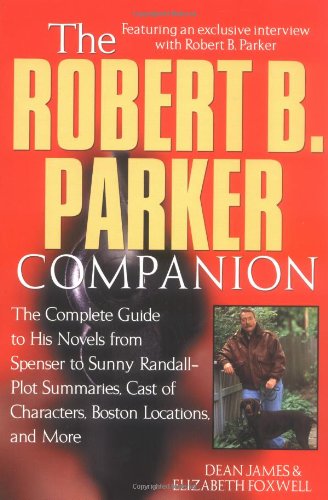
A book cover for The Robert B. Parker Companion; Dean James; Mystery, Thriller & Suspense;